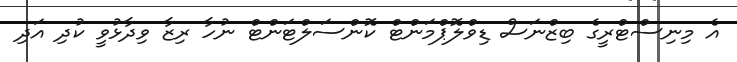
އެ މިނިސްޓްރީގެ ބިޒްނަސް ޑިވްލޮޕްމަންޓް ކޮންސަލްޓަންޓް ނުހާ ރިޒާ ވިދާޅުވީ ކުދި އަދި